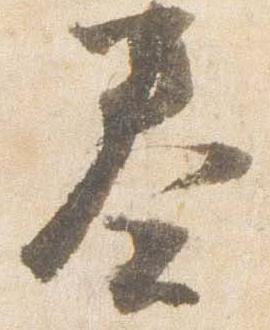
奏